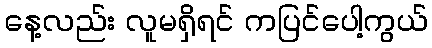
နေ့လည်း လူမရှိရင် ကပြင်ပေါ့ကွယ်